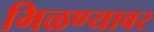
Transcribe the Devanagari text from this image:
मिळण्यावर